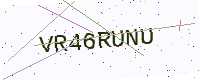
Text: VR46RUNU